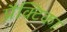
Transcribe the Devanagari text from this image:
प्रैक्टिका